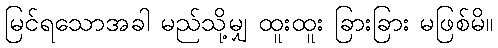
မြင်ရသောအခါ မည်သို့မျှ ထူးထူး ခြားခြား မဖြစ်မိ။